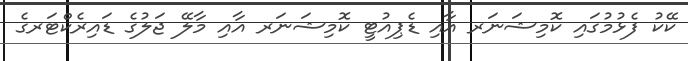
ކޭކު ފެޅުމުގައި ކޮމިޝަނަރ އާއި ޑެޕިއުޓީ ކޮމިޝަނަރ އާއި މާލޭ ޖަލުގެ ޑައިރެކްޓަރގެ